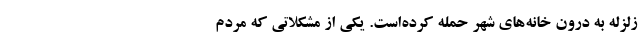
زلزله به درون خانه‌هاي شهر حمله كرده‌است. یكي از مشكلاتي كه مردم